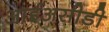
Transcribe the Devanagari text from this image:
आईअसीडी